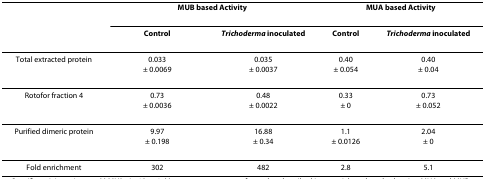
|  | <COLSPAN=2> MUB based Activity | <COLSPAN=2> MUA based Activity |
 |  | Control | Trichoderma inoculated | Control | Trichoderma inoculated |
 | --- | --- | --- | --- | --- |
 | Total extracted protein | 0.033± 0.0069 | 0.035± 0.0037 | 0.40± 0.054 | 0.40± 0.04 |
 | Rotofor fraction 4 | 0.73± 0.0036 | 0.48± 0.0022 | 0.33± 0 | 0.73± 0.052 |
 | Purified dimeric protein | 9.97± 0.198 | 16.88± 0.34 | 1.1± 0.0126 | 2.04± 0 |
 | Fold enrichment | 302 | 482 | 2.8 | 5.1 |